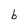
Character: b